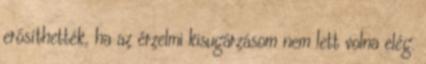
erősíthették, ha az érzelmi kisugárzásom nem lett volna elég.